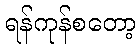
ရန်ကုန်စတော့